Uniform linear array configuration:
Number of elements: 4
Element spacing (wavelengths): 0.25
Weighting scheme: hann
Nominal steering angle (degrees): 0
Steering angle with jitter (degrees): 1.648
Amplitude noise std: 0.05
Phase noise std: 0.05

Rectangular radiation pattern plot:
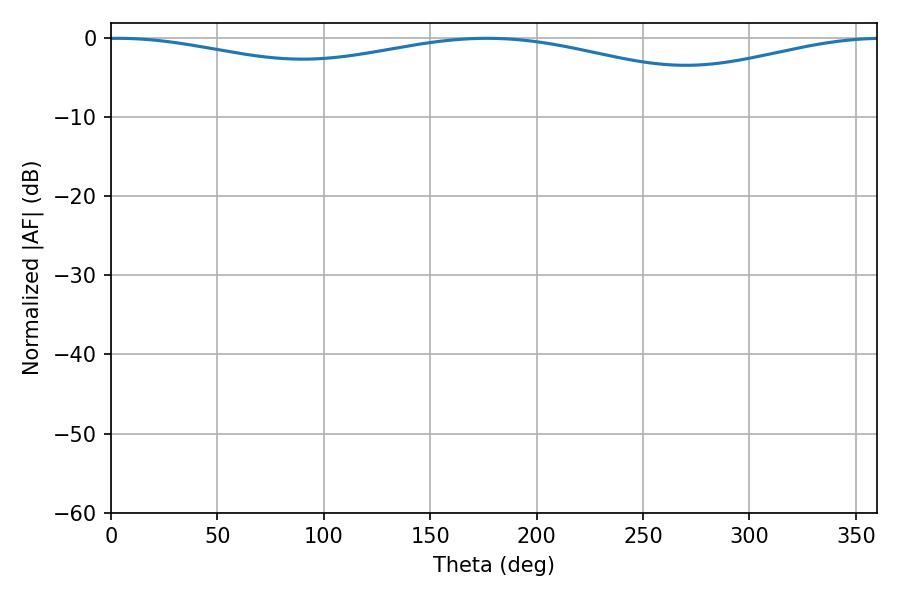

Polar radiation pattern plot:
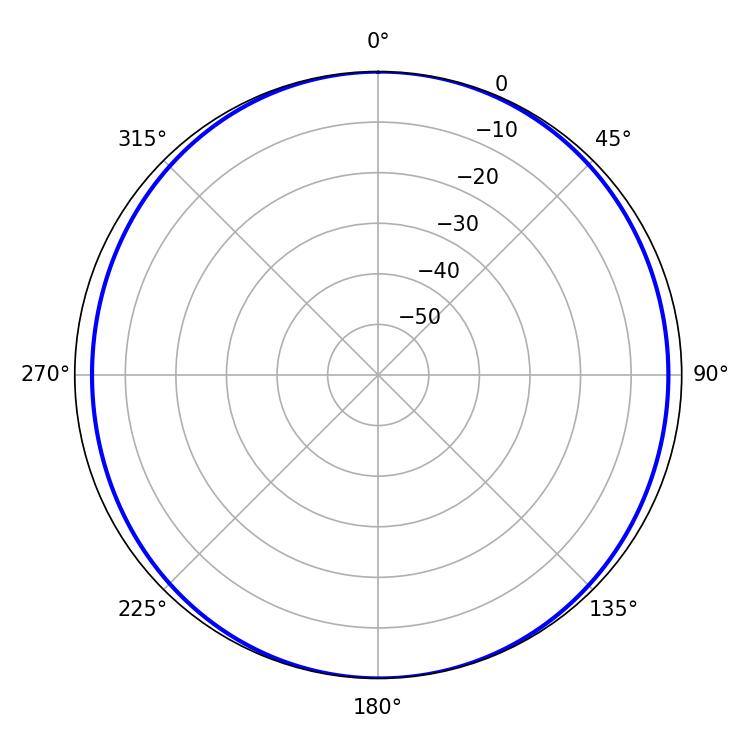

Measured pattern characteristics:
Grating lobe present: FALSE
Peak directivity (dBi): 10.986
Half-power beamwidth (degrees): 250.56
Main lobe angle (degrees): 3.24